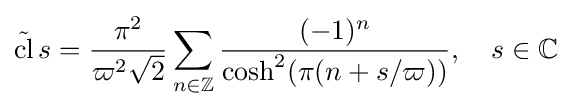
{\tilde {\operatorname {cl} }}\,s={\frac {\pi ^{2}}{\varpi ^{2}{\sqrt {2}}}}\sum _{n\in \mathbb {Z} }{\frac {(-1)^{n}}{\cosh ^{2}(\pi (n+s/\varpi ))}},\quad s\in \mathbb {C}